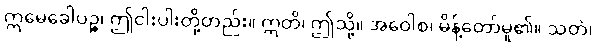
ဣမေခေါပဉ္စ၊ ဤငါးပါးတို့တည်း။ ဣတိ၊ ဤသို့။ အဝေါစ၊ မိန့်တော်မူ၏။ သတံ၊